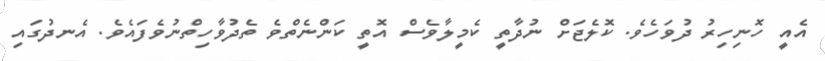
އެއީ ހޮނިހިރު ދުވަހެވެ. ކޮލެޖަށް ނުދާތީ ކެމީލާވެސް އޮތީ ކަންނެތްވެ ތެދުވާހިތްނުވެފައެވެ. އެނދުގައި